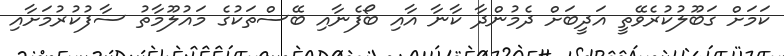
ކަމަށް ގަބޫލުކުރެވޭތީ އަދީބަށް ދެމުންދާ ކާނާ އާއި ބޯފެނާއި ބޭސްތަކުގެ މައުލޫމާތު ސާފުކުރުމަށާއި